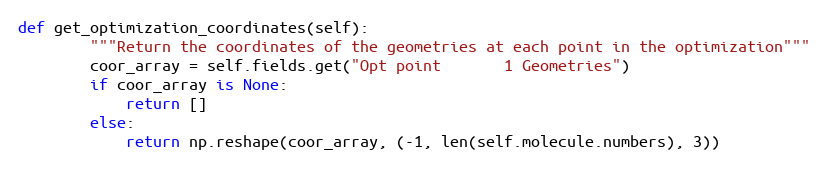
Language: Python
def get_optimization_coordinates(self):
        """Return the coordinates of the geometries at each point in the optimization"""
        coor_array = self.fields.get("Opt point       1 Geometries")
        if coor_array is None:
            return []
        else:
            return np.reshape(coor_array, (-1, len(self.molecule.numbers), 3))